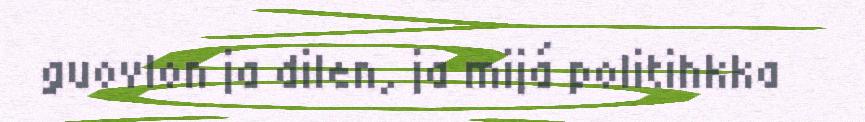
guovlon ja dilen, ja mijá politihkka